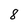
Character: 8